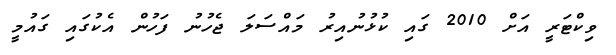
ވިކްޓަރީ އަށް 2010 ގައި ކުޅުނުއިރު މައްސަލަ ޖެހުނު ފަހުން އެކުގައި ގައުމީ